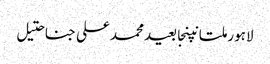
لاہورملتانپنجابعیدمحمد علی جناحتیل